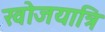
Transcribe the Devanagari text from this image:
खोजयात्रि